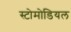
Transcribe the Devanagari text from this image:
स्टोमोडियल